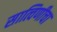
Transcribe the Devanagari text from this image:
सात्विणीचा